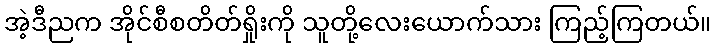
အဲ့ဒီညက အိုင်စီစတိတ်ရှိုးကို သူတို့လေးယောက်သား ကြည့်ကြတယ်။